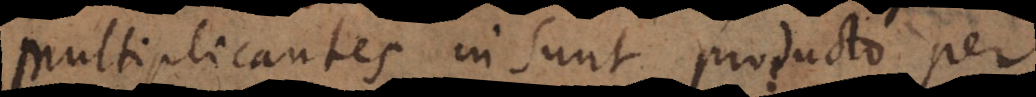
multiplicantes insunt producto per